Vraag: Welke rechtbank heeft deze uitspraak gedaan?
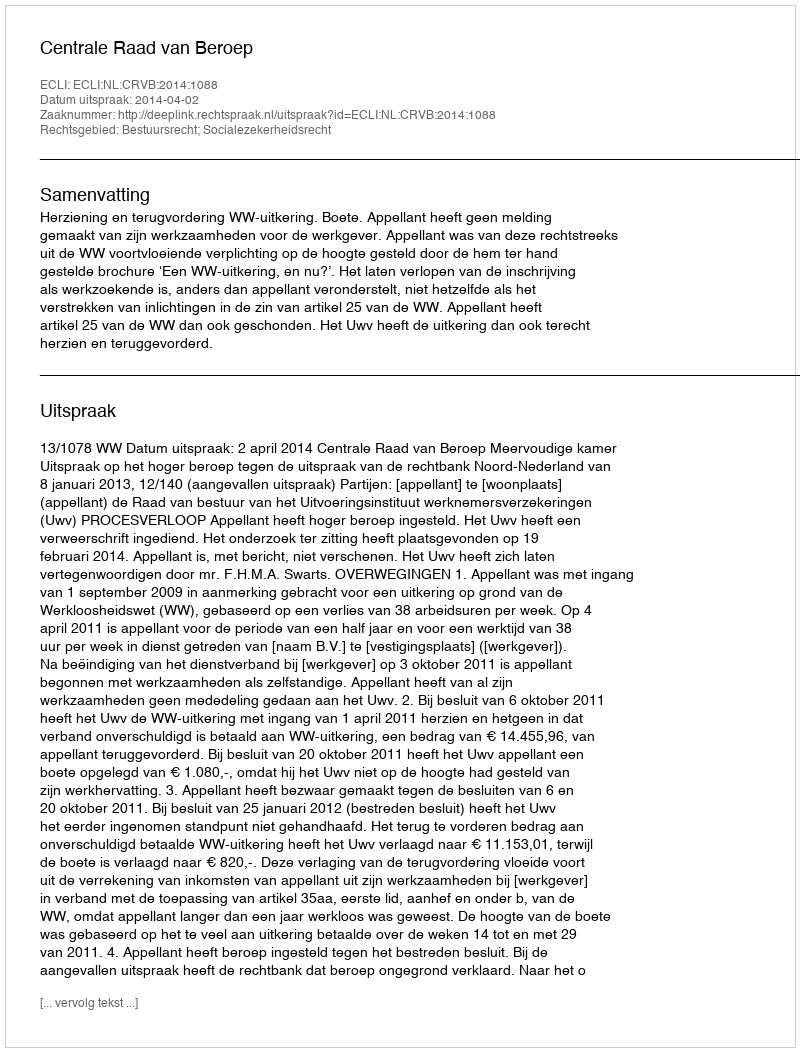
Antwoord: Centrale Raad van Beroep